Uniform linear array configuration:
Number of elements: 16
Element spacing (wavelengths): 1
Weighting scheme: binomial
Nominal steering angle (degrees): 15
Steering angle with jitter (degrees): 13.941
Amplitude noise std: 0.05
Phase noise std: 0.05

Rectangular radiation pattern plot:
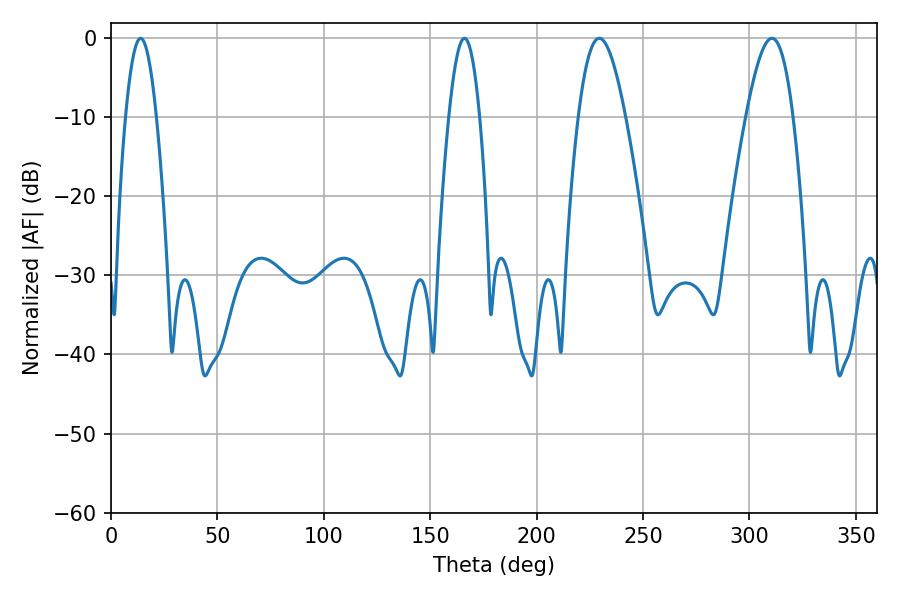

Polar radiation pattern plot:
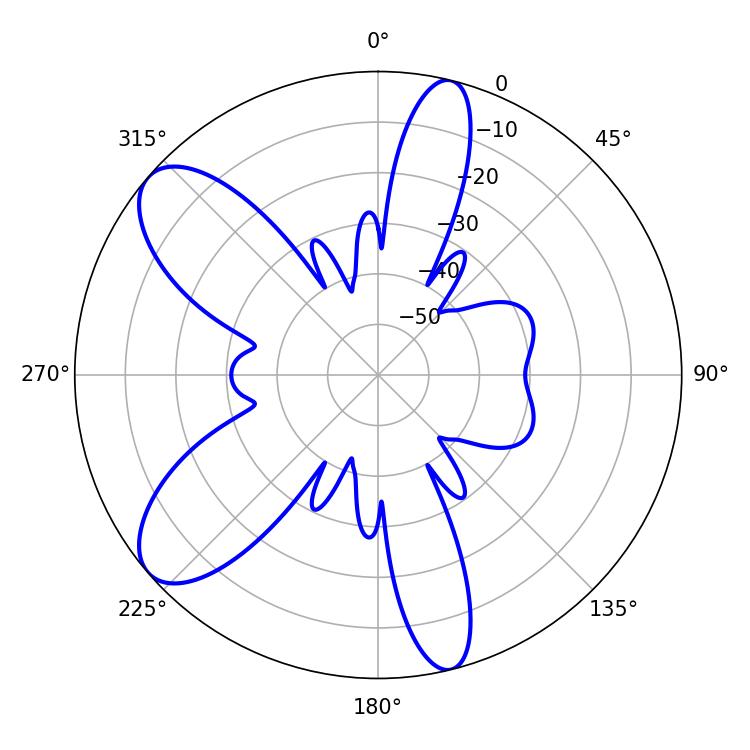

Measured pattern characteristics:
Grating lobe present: TRUE
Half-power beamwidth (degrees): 11.88
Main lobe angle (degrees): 229.5